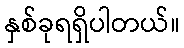
နှစ်ခုရရှိပါတယ်။